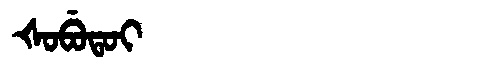
Manchu: ᡧᠣᠪᡠᡨᠣᡳ
Romanization: ŠOBUTOI